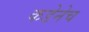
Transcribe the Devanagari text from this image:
कडेनेच